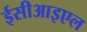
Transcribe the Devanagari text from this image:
ईसीआइएल